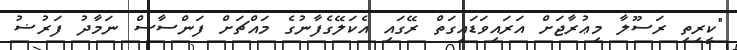
"ކީރިތި ރަސޫލާ މިޢުރާޖަށް އަރައިވަޑައިގަތް ރޭގައި އެކަލޭގެފާނުގެ މައްޗަށް ފަންސާސް ނަމާދު ފަރުޟު